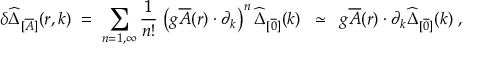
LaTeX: \delta \widehat { \Delta } _ { [ \overline { { { A } } } ] } ( r , k ) \; = \; \sum _ { n = 1 , \infty } \frac { 1 } { n ! } \, \left( g \overline { { { A } } } ( r ) \cdot \partial _ { k } \right) ^ { n } \widehat { \Delta } _ { [ \overline { { { 0 } } } ] } ( k ) \; \; \simeq \; \; g \overline { { { A } } } ( r ) \cdot \partial _ { k } \widehat { \Delta } _ { [ \overline { { { 0 } } } ] } ( k ) \; ,